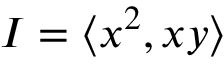
I = \langle x ^ { 2 } , x y \rangle